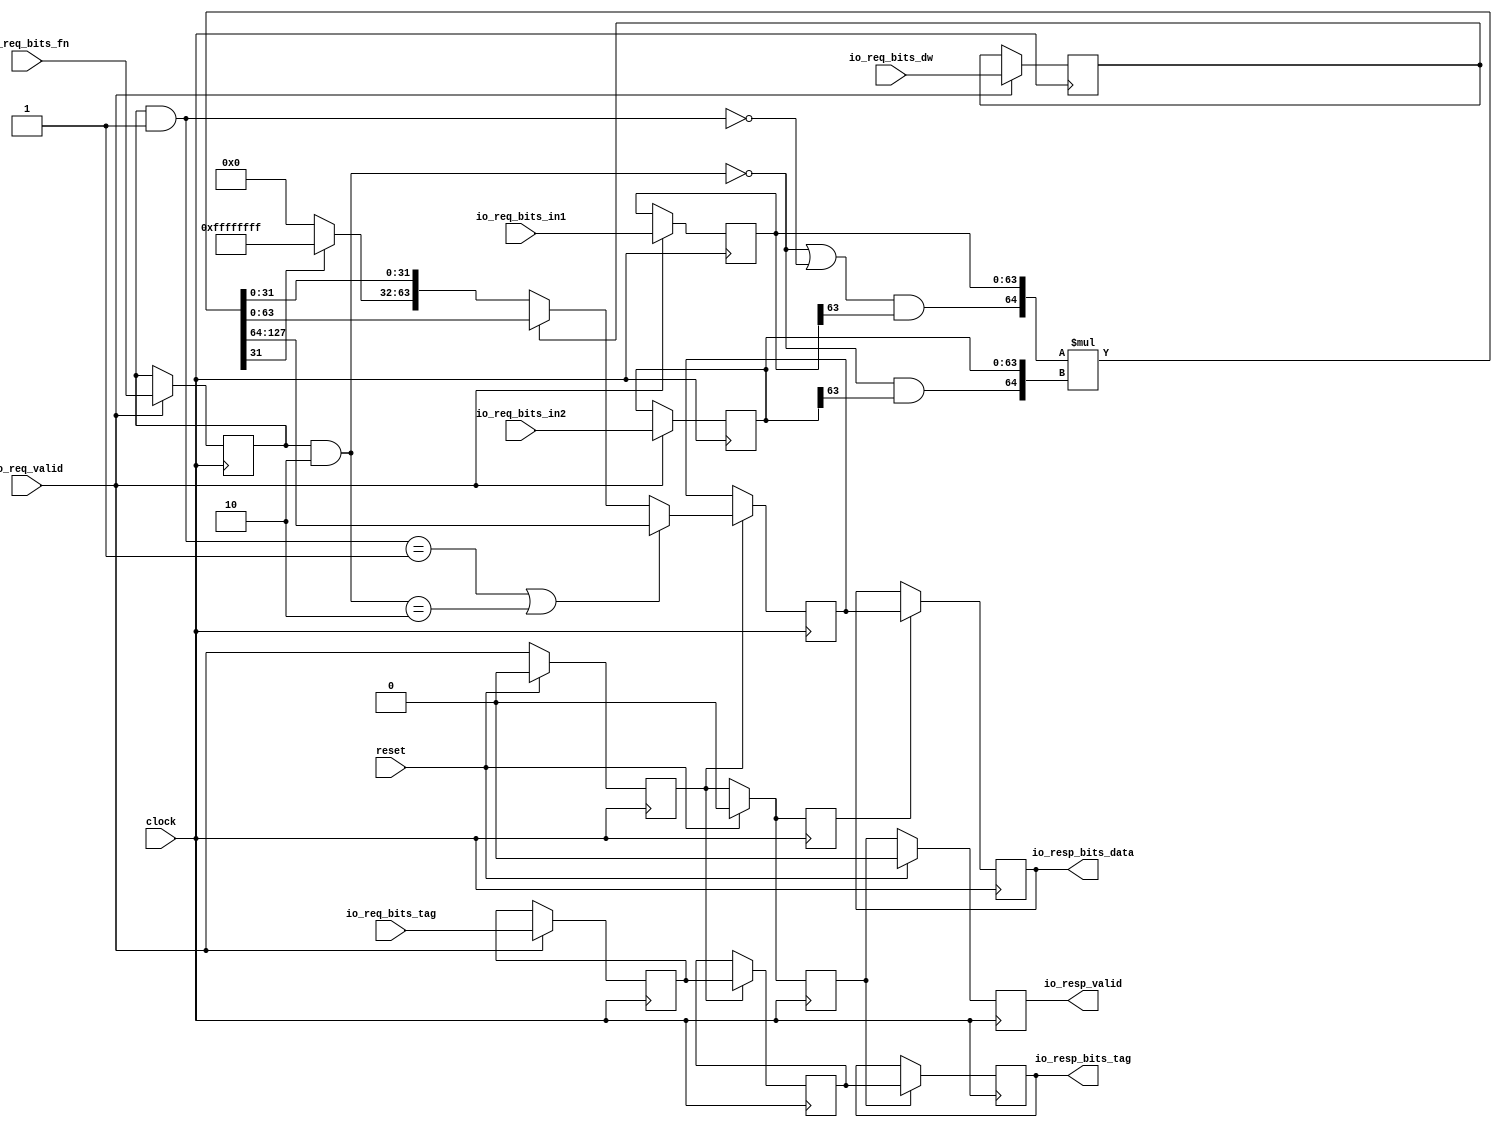
module PipelinedMultiplier(
  input         clock,
  input         reset,
  input         io_req_valid,
  input  [3:0]  io_req_bits_fn,
  input         io_req_bits_dw,
  input  [63:0] io_req_bits_in1,
  input  [63:0] io_req_bits_in2,
  input  [4:0]  io_req_bits_tag,
  output        io_resp_valid,
  output [63:0] io_resp_bits_data,
  output [4:0]  io_resp_bits_tag
);
`ifdef RANDOMIZE_REG_INIT
  reg [31:0] _RAND_0;
  reg [31:0] _RAND_1;
  reg [31:0] _RAND_2;
  reg [63:0] _RAND_3;
  reg [63:0] _RAND_4;
  reg [31:0] _RAND_5;
  reg [31:0] _RAND_6;
  reg [31:0] _RAND_7;
  reg [31:0] _RAND_8;
  reg [31:0] _RAND_9;
  reg [31:0] _RAND_10;
  reg [63:0] _RAND_11;
  reg [63:0] _RAND_12;
`endif // RANDOMIZE_REG_INIT
  reg  inPipe_valid; // @[Valid.scala 117:22]
  reg [3:0] inPipe_bits_fn; // @[Reg.scala 15:16]
  reg  inPipe_bits_dw; // @[Reg.scala 15:16]
  reg [63:0] inPipe_bits_in1; // @[Reg.scala 15:16]
  reg [63:0] inPipe_bits_in2; // @[Reg.scala 15:16]
  reg [4:0] inPipe_bits_tag; // @[Reg.scala 15:16]
  wire [3:0] _T = inPipe_bits_fn & 4'h1; // @[Decode.scala 14:65]
  wire  _T_1 = _T == 4'h1; // @[Decode.scala 14:121]
  wire [3:0] _T_2 = inPipe_bits_fn & 4'h2; // @[Decode.scala 14:65]
  wire  _T_3 = _T_2 == 4'h2; // @[Decode.scala 14:121]
  wire  cmdHi = _T_1 | _T_3; // @[Decode.scala 15:30]
  wire  rhsSigned = _T_2 == 4'h0; // @[Decode.scala 14:121]
  wire  _T_9 = _T == 4'h0; // @[Decode.scala 14:121]
  wire  lhsSigned = rhsSigned | _T_9; // @[Decode.scala 15:30]
  wire  cmdHalf = ~inPipe_bits_dw; // @[Multiplier.scala 201:46]
  wire  lhs_hi = lhsSigned & inPipe_bits_in1[63]; // @[Multiplier.scala 203:27]
  wire [64:0] lhs = {lhs_hi,inPipe_bits_in1}; // @[Multiplier.scala 203:65]
  wire  rhs_hi = rhsSigned & inPipe_bits_in2[63]; // @[Multiplier.scala 204:27]
  wire [64:0] rhs = {rhs_hi,inPipe_bits_in2}; // @[Multiplier.scala 204:65]
  wire [129:0] prod = $signed(lhs) * $signed(rhs); // @[Multiplier.scala 205:18]
  wire [31:0] muxed_lo = prod[31:0]; // @[Multiplier.scala 206:67]
  wire [31:0] muxed_hi = muxed_lo[31] ? 32'hffffffff : 32'h0; // @[Bitwise.scala 72:12]
  wire [63:0] _muxed_T_3 = {muxed_hi,muxed_lo}; // @[Cat.scala 30:58]
  reg  respPipe_valid; // @[Valid.scala 117:22]
  reg [4:0] respPipe_bits_tag; // @[Reg.scala 15:16]
  reg  respPipe_valid_1; // @[Valid.scala 117:22]
  reg [4:0] respPipe_bits_1_tag; // @[Reg.scala 15:16]
  reg  io_resp_bits_data_v; // @[Valid.scala 117:22]
  reg [63:0] io_resp_bits_data_b; // @[Reg.scala 15:16]
  reg [63:0] io_resp_bits_data_outPipe_bits; // @[Reg.scala 15:16]
  assign io_resp_valid = respPipe_valid_1; // @[Valid.scala 112:21 Valid.scala 113:17]
  assign io_resp_bits_data = io_resp_bits_data_outPipe_bits; // @[Valid.scala 112:21 Valid.scala 114:16]
  assign io_resp_bits_tag = respPipe_bits_1_tag; // @[Valid.scala 112:21 Valid.scala 114:16]
  always @(posedge clock) begin
    if (reset) begin // @[Valid.scala 117:22]
      inPipe_valid <= 1'h0; // @[Valid.scala 117:22]
    end else begin
      inPipe_valid <= io_req_valid; // @[Valid.scala 117:22]
    end
    if (io_req_valid) begin // @[Reg.scala 16:19]
      inPipe_bits_fn <= io_req_bits_fn; // @[Reg.scala 16:23]
    end
    if (io_req_valid) begin // @[Reg.scala 16:19]
      inPipe_bits_dw <= io_req_bits_dw; // @[Reg.scala 16:23]
    end
    if (io_req_valid) begin // @[Reg.scala 16:19]
      inPipe_bits_in1 <= io_req_bits_in1; // @[Reg.scala 16:23]
    end
    if (io_req_valid) begin // @[Reg.scala 16:19]
      inPipe_bits_in2 <= io_req_bits_in2; // @[Reg.scala 16:23]
    end
    if (io_req_valid) begin // @[Reg.scala 16:19]
      inPipe_bits_tag <= io_req_bits_tag; // @[Reg.scala 16:23]
    end
    if (reset) begin // @[Valid.scala 117:22]
      respPipe_valid <= 1'h0; // @[Valid.scala 117:22]
    end else begin
      respPipe_valid <= inPipe_valid; // @[Valid.scala 117:22]
    end
    if (inPipe_valid) begin // @[Reg.scala 16:19]
      respPipe_bits_tag <= inPipe_bits_tag; // @[Reg.scala 16:23]
    end
    if (reset) begin // @[Valid.scala 117:22]
      respPipe_valid_1 <= 1'h0; // @[Valid.scala 117:22]
    end else begin
      respPipe_valid_1 <= respPipe_valid; // @[Valid.scala 117:22]
    end
    if (respPipe_valid) begin // @[Reg.scala 16:19]
      respPipe_bits_1_tag <= respPipe_bits_tag; // @[Reg.scala 16:23]
    end
    if (reset) begin // @[Valid.scala 117:22]
      io_resp_bits_data_v <= 1'h0; // @[Valid.scala 117:22]
    end else begin
      io_resp_bits_data_v <= inPipe_valid; // @[Valid.scala 117:22]
    end
    if (inPipe_valid) begin // @[Reg.scala 16:19]
      if (cmdHi) begin // @[Multiplier.scala 206:18]
        io_resp_bits_data_b <= prod[127:64];
      end else if (cmdHalf) begin // @[Multiplier.scala 206:53]
        io_resp_bits_data_b <= _muxed_T_3;
      end else begin
        io_resp_bits_data_b <= prod[63:0];
      end
    end
    if (io_resp_bits_data_v) begin // @[Reg.scala 16:19]
      io_resp_bits_data_outPipe_bits <= io_resp_bits_data_b; // @[Reg.scala 16:23]
    end
  end
// Register and memory initialization
`ifdef RANDOMIZE_GARBAGE_ASSIGN
`define RANDOMIZE
`endif
`ifdef RANDOMIZE_INVALID_ASSIGN
`define RANDOMIZE
`endif
`ifdef RANDOMIZE_REG_INIT
`define RANDOMIZE
`endif
`ifdef RANDOMIZE_MEM_INIT
`define RANDOMIZE
`endif
`ifndef RANDOM
`define RANDOM $random
`endif
`ifdef RANDOMIZE_MEM_INIT
  integer initvar;
`endif
`ifndef SYNTHESIS
`ifdef FIRRTL_BEFORE_INITIAL
`FIRRTL_BEFORE_INITIAL
`endif
initial begin
  `ifdef RANDOMIZE
    `ifdef INIT_RANDOM
      `INIT_RANDOM
    `endif
    `ifndef VERILATOR
      `ifdef RANDOMIZE_DELAY
        #`RANDOMIZE_DELAY begin end
      `else
        #0.002 begin end
      `endif
    `endif
`ifdef RANDOMIZE_REG_INIT
  _RAND_0 = {1{`RANDOM}};
  inPipe_valid = _RAND_0[0:0];
  _RAND_1 = {1{`RANDOM}};
  inPipe_bits_fn = _RAND_1[3:0];
  _RAND_2 = {1{`RANDOM}};
  inPipe_bits_dw = _RAND_2[0:0];
  _RAND_3 = {2{`RANDOM}};
  inPipe_bits_in1 = _RAND_3[63:0];
  _RAND_4 = {2{`RANDOM}};
  inPipe_bits_in2 = _RAND_4[63:0];
  _RAND_5 = {1{`RANDOM}};
  inPipe_bits_tag = _RAND_5[4:0];
  _RAND_6 = {1{`RANDOM}};
  respPipe_valid = _RAND_6[0:0];
  _RAND_7 = {1{`RANDOM}};
  respPipe_bits_tag = _RAND_7[4:0];
  _RAND_8 = {1{`RANDOM}};
  respPipe_valid_1 = _RAND_8[0:0];
  _RAND_9 = {1{`RANDOM}};
  respPipe_bits_1_tag = _RAND_9[4:0];
  _RAND_10 = {1{`RANDOM}};
  io_resp_bits_data_v = _RAND_10[0:0];
  _RAND_11 = {2{`RANDOM}};
  io_resp_bits_data_b = _RAND_11[63:0];
  _RAND_12 = {2{`RANDOM}};
  io_resp_bits_data_outPipe_bits = _RAND_12[63:0];
`endif // RANDOMIZE_REG_INIT
  `endif // RANDOMIZE
end // initial
`ifdef FIRRTL_AFTER_INITIAL
`FIRRTL_AFTER_INITIAL
`endif
`endif // SYNTHESIS
endmodule